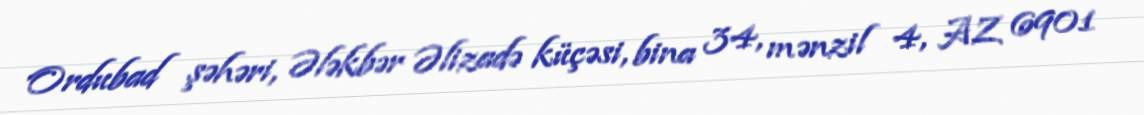
Ordubad şəhəri, Ələkbər Əlizadə küçəsi, bina 34, mənzil 4, AZ 6901